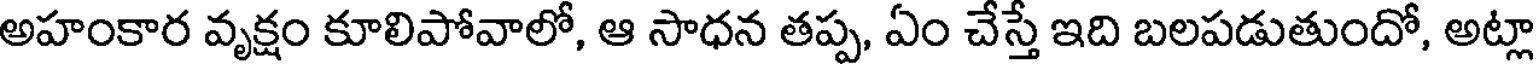
అహంకార వృక్షం కూలిపోవాలో, ఆ సాధన తప్ప, ఏం చేస్తే ఇది బలపడుతుందో, అట్లా